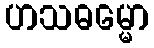
ဟသဓမ္မော